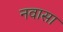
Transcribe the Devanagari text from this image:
नवासा